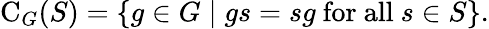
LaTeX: \mathrm{C}_{G}(S)=\{ g\in G\mid gs=sg{\mathrm{~for~all~}}s\in S\} .